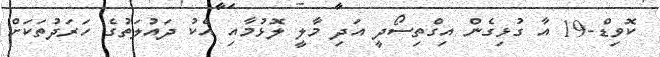
ކޮވިޑް-19 އާ ގުޅިގެން އިގްތިސޯދީ އަދި މާލީ ލޮޅުމާއި އެކު ދައުލަތުގެ ހަރަދުތަކަށް